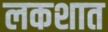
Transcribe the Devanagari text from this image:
लकशात